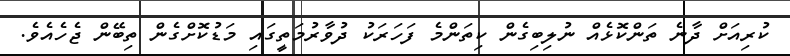
ކުރިއަށް ދާނެ ތަންކޮޅެއް ނުލިބިގެން ކިތަންމެ ފަހަރަކު ދުވާރުމަތީގައި މަޑުކޮށްގެން ތިބޭން ޖެހެއެވެ.